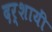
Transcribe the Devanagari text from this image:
दर्शायीं